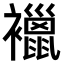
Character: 𧞪